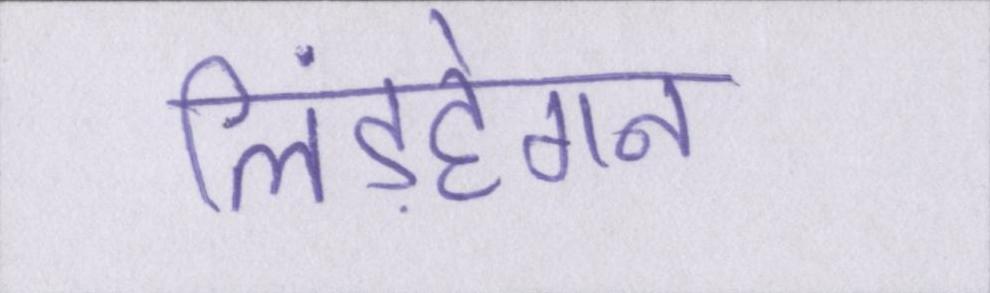
लिंडहेगन